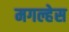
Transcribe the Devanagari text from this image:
मगल्हेस